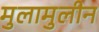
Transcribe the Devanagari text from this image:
मुलामुलीन